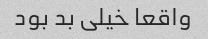
واقعا خیلی بد بود